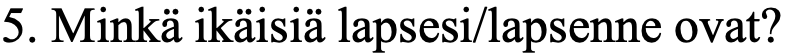
5. Minkä ikäisiä lapsesi/lapsenne ovat?